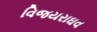
વિજયરાઘવ